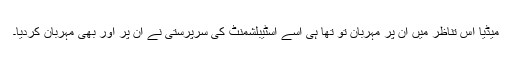
میڈیا اس تناظر میں ان پر مہربان تو تھا ہی اسے اسٹیبلشمنٹ کی سرپرستی نے ان پر اور بھی مہربان کردیا۔